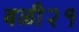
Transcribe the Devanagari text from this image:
बळी२१